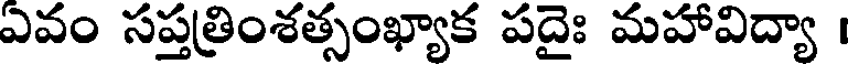
ఎవం సప్తత్రింశత్సంఖ్యాక పదైః మహావిద్యా ।